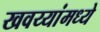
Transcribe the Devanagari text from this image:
खवय्यांमध्ये